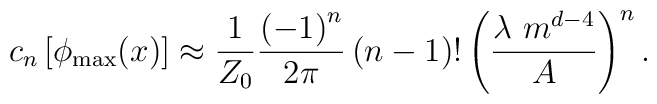
c_n   \left[ \phi_{{\rm max}} (x) \right]  \approx  {1 \over Z_0} { \left( -1 \right)^n  \over  2 \pi}\left( n - 1 \right) !  \left( {\lambda \  m^{d-4} \over A} \right)^n.